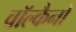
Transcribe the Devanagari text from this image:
वॉल्कैनो